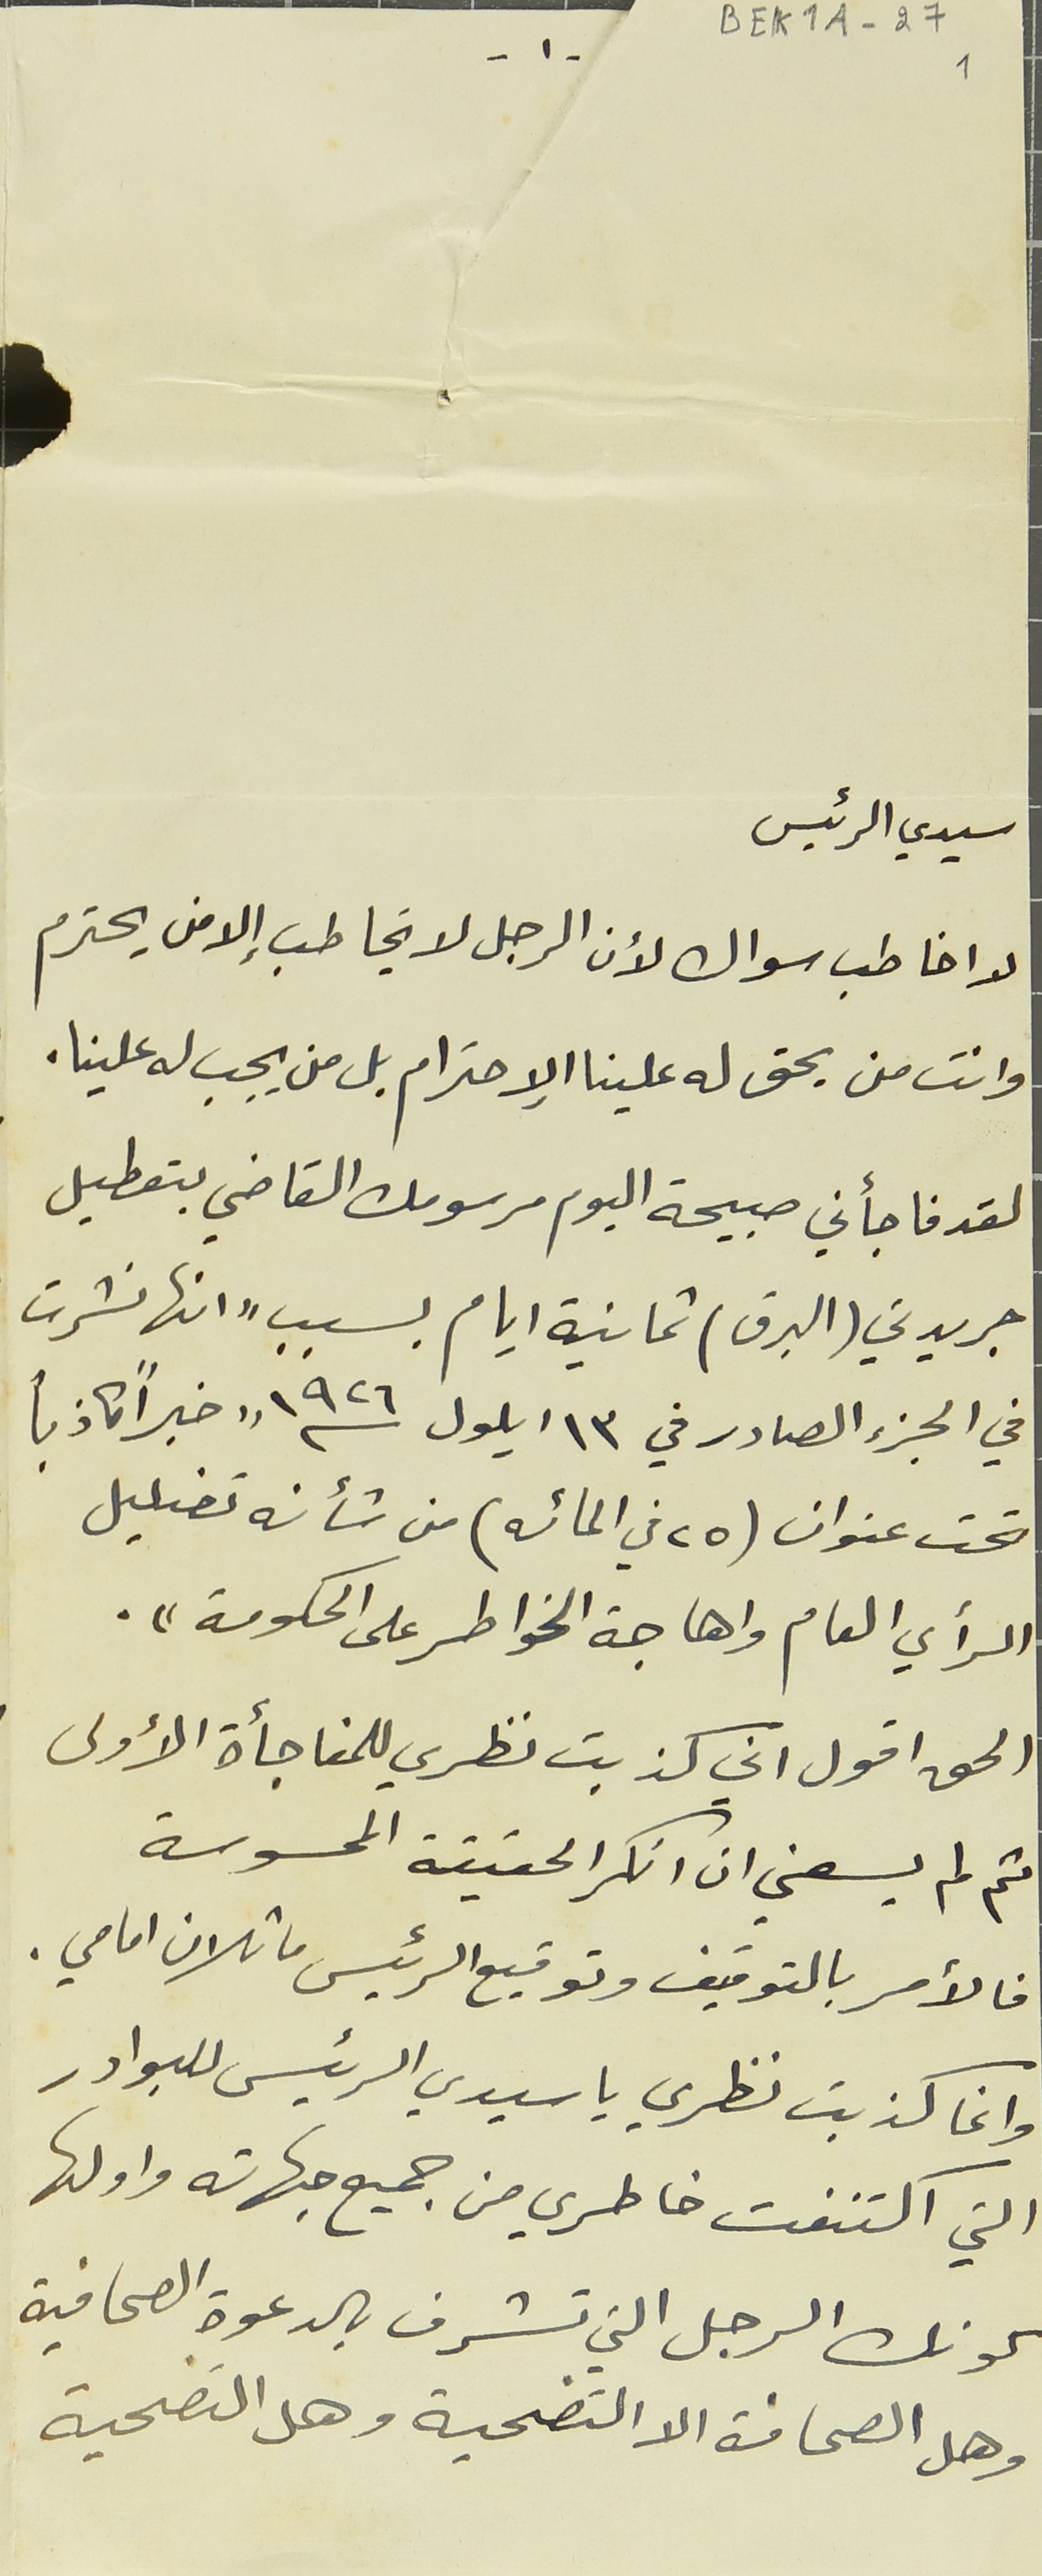
-١- BEK1A-27 1
سيدي الرئيس
لا اخاطب سواك لأن الرجل لا يخاطب إلا من يحترم
وانت من يحق له علينا الإحترام بل من يجب له علينا.
لقد فاجأني صبيحة اليوم مرسومك القاضي بتعطيل
جريدتي (البرق) ثمانية ايام بسبب "انها نشرت
في الجزء الصادر في ١٣ ايلول سنة ١٩٢٦ "خبراً كاذباً
تحت عنوان (٢٥ في المائه) من شأنه تضليل
الرأي العام واهاجة الخواطر على الحكومة".
الحق اقول اني كذبت نظري للمفاجأة الأولى.
ثم لم يسعني ان انكر الحقيقة المحسوسة
فالأمر بالتوقيف وتوقيع الرئيس ماثلان امامي.
وانما كذبت نظري يا سيدي الرئيس للبوادر
التي اكتنفت خاطري من جميع جهاته واولها
كونك الرجل التي تشرف بالدعوة الصحافية
وهل الصحافة الا التضحية وهل التضحية